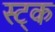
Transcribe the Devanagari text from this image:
स्ट्क